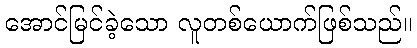
အောင်မြင်ခဲ့သော လူတစ်ယောက်ဖြစ်သည်။